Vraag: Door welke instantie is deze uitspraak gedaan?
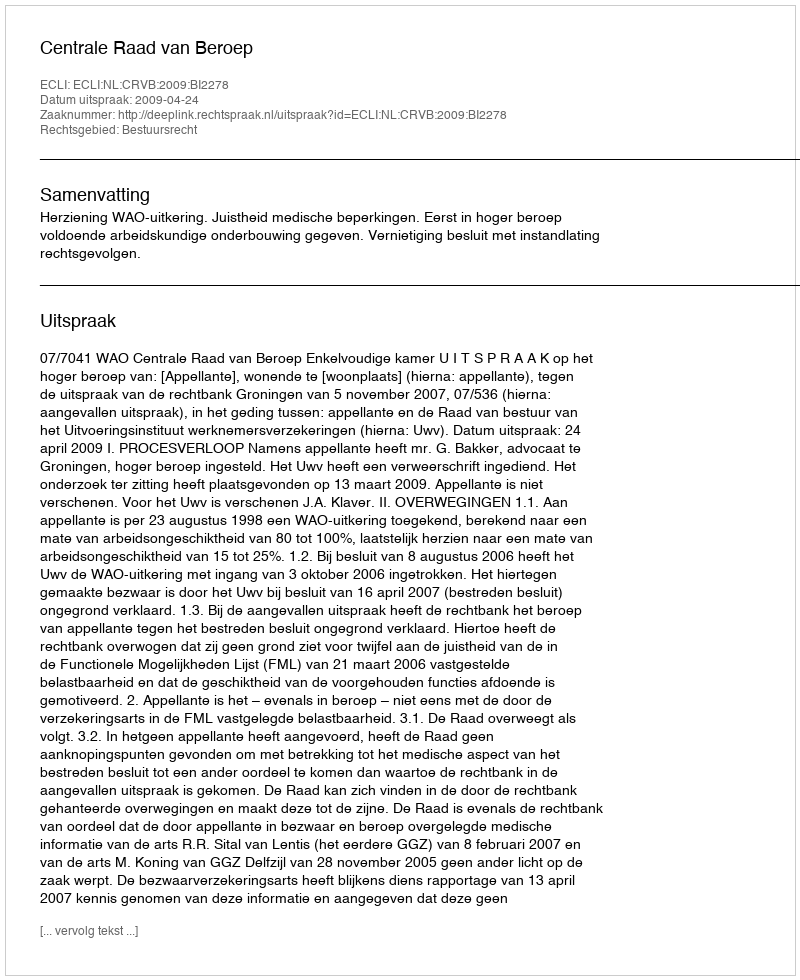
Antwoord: Centrale Raad van Beroep